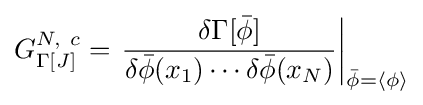
G_{\Gamma [J]}^{N,~c}=\left.{\frac {\delta \Gamma [{\bar {\phi }}]}{\delta {\bar {\phi }}(x_{1})\cdots \delta {\bar {\phi }}(x_{N})}}\right|_{{\bar {\phi }}=\langle \phi \rangle }